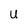
Character: U